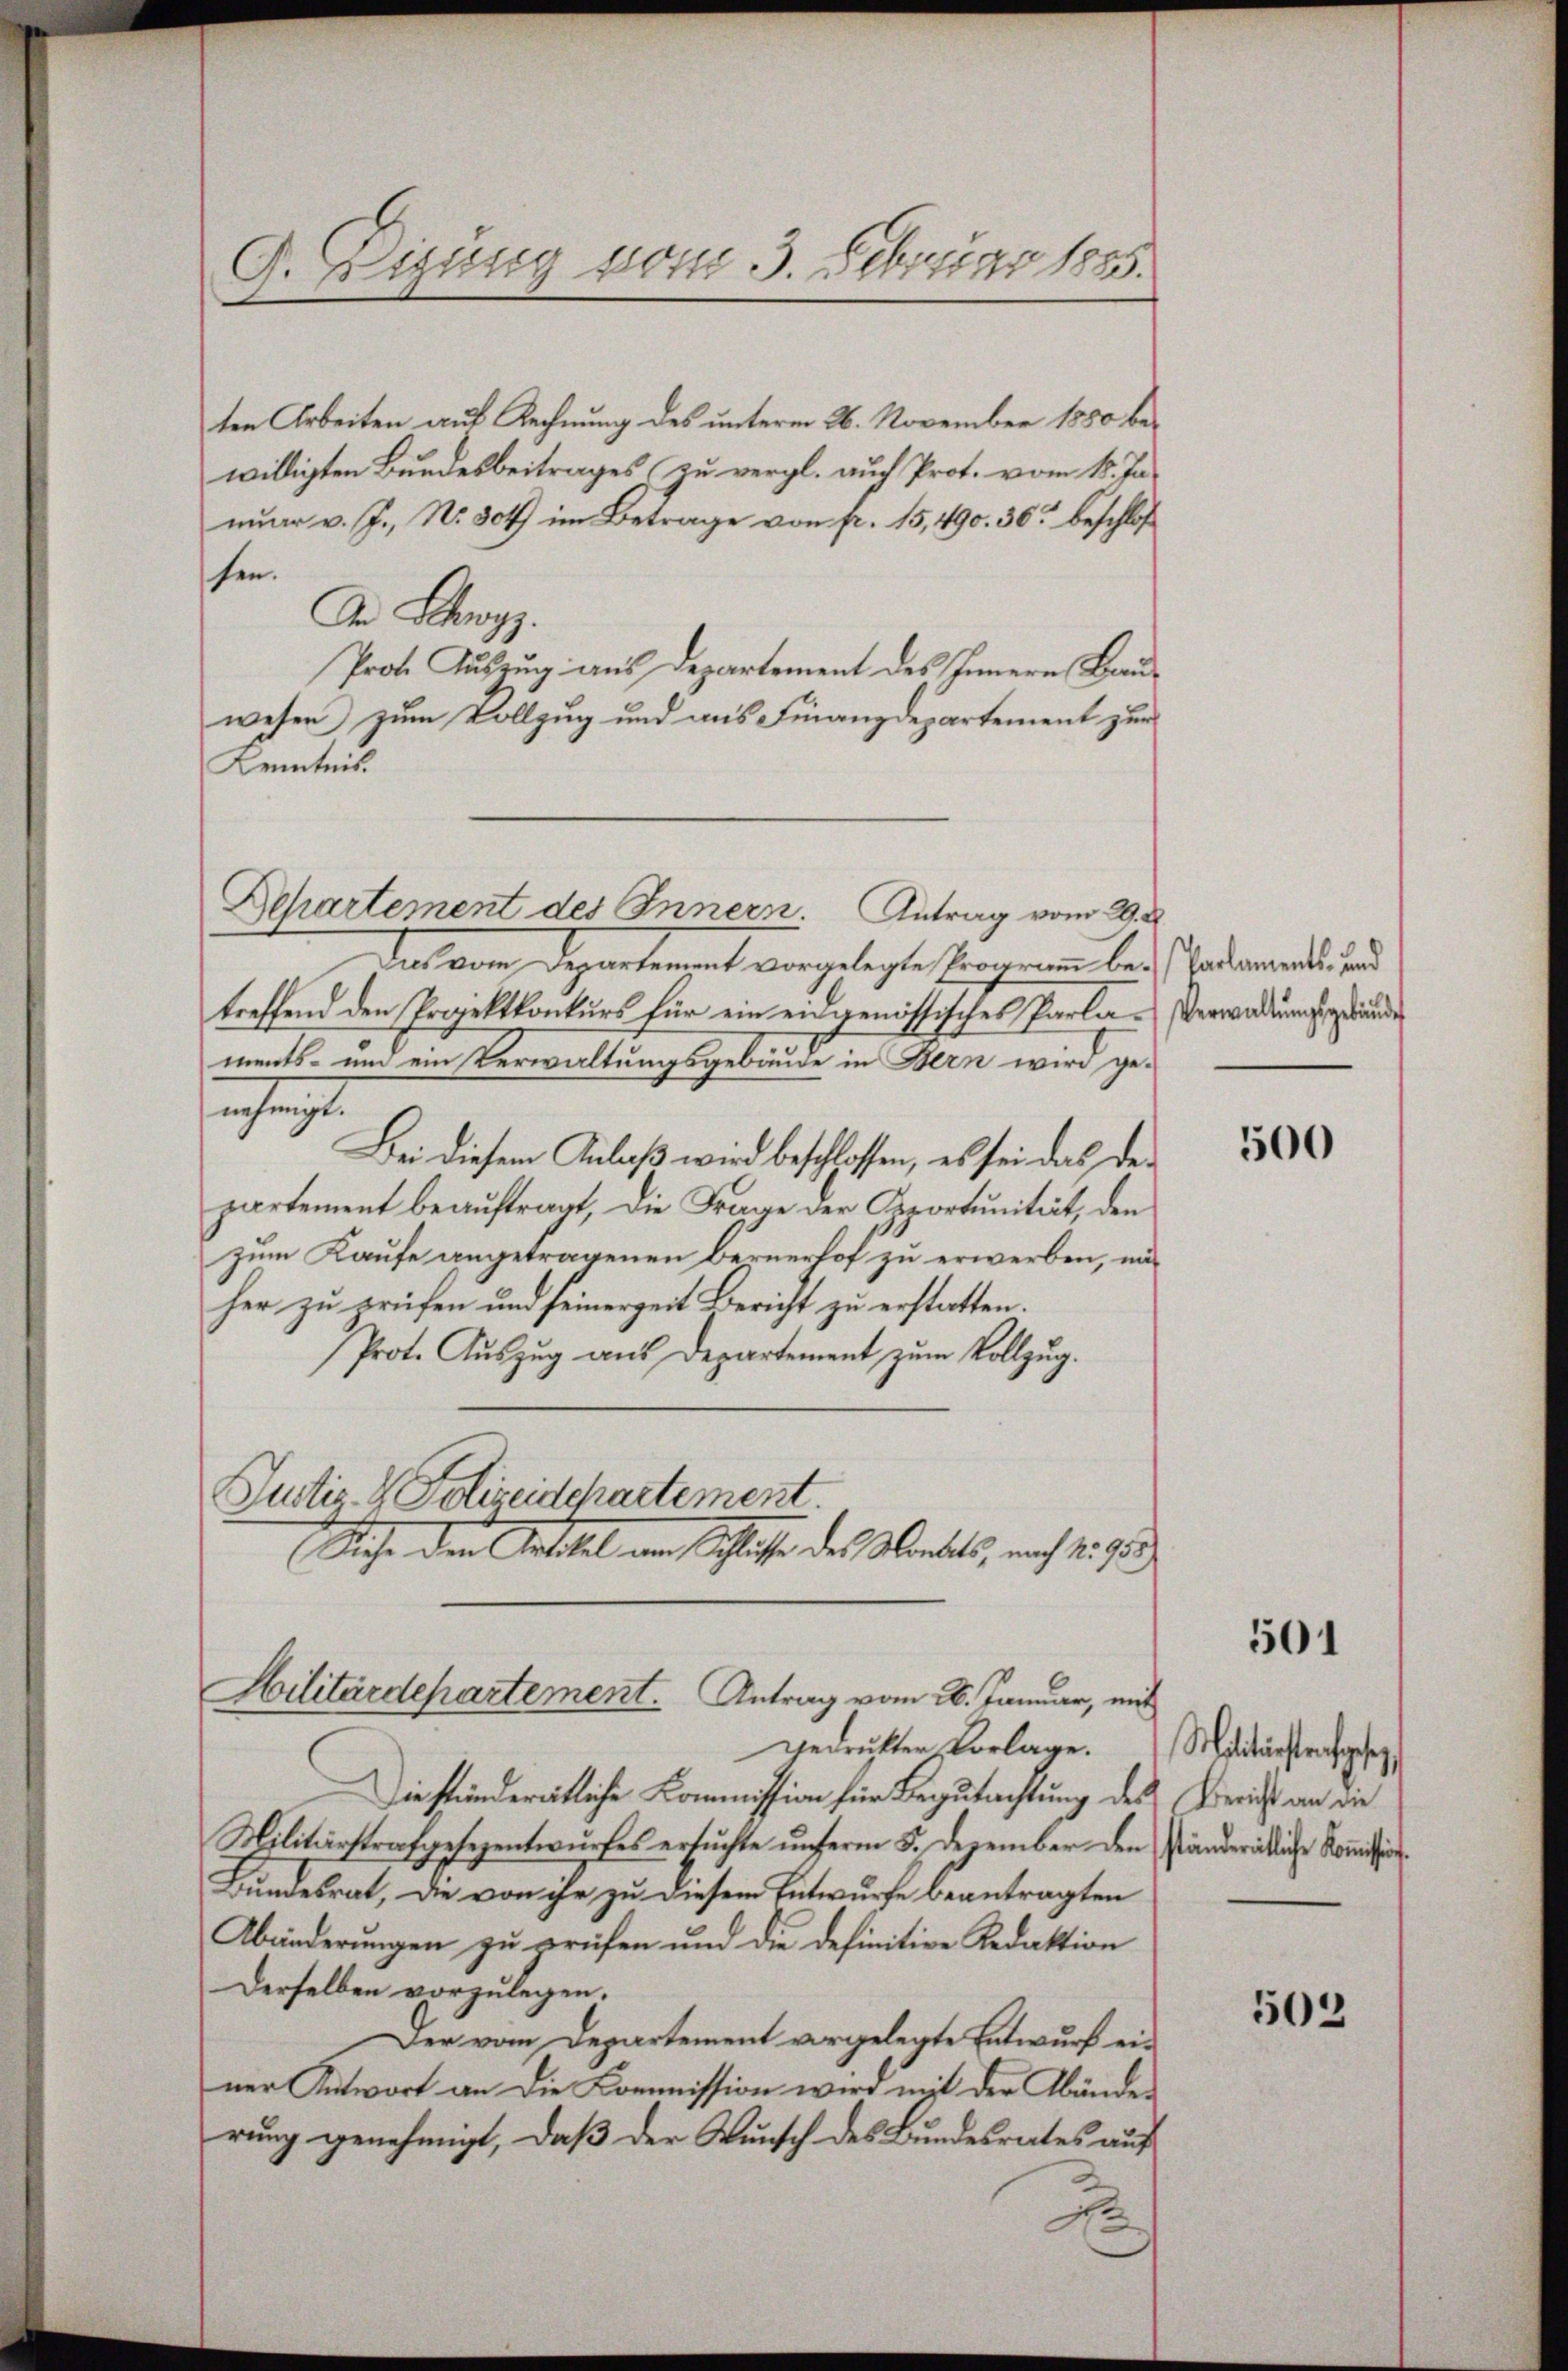
ten Arbeiten auf Rechnung des unterm 26. November 1850 bewilligten Bundesbeitrages zu vergl. auch Prot. vom 15. Januar v. J., Nr. 304 im Betrage von pr. 15,490. 36 beschloß
sen.
Der Schwyz.
Prot. Auszug aus Departement des Innern Bauwesen zum Vollzug und aus Finanzdepartement zur
Kenntnis
sie vom Departement vorgelegte Programm bei andaments, und
treffend den Projektkonkurs für ein eingenössisches Parla-Verwadungsgrunden
ments- und ein Verwaltungsgebäude in Bern wird genagt
Bei diesem Anlaß wird beschlossen, es sei das Departement beauftragt, die Frage der Sportunität, den
zum Kaufe angetragenen Bernerhof zu erwerben, mit
her zu prüfen und seinerzeit Bericht zu erstatten.
Prot. Auszug aus Departement zum Vollzug.
Justiz- & Polizeidchartement.
Siche der Gasthal um Schlafe des Mandels, nach 1. Ju

G. Eigung vom 3. Februar 1885.

Departement des Innern. Antrag vom 29. X.

Hilitärdepartement. Antrag vom 26. Januar, mit
gedruckter Vorlage.

Die ständerätliche Kommission für Begutachtung des Bericht an die
Militärstrafgesezentwŭrfes ersŭchte ŭnterm 5. Dezember den Ständerätliche Kommißion
Bundesrat, die von ihr zu diesem Entwurfe beantragten
Abänderungen zu prüfen und die definitive Redaktion
Derselben vorzulegen.
Der vom Departement vorgelegte Entwurf einer Antwort an die Kommission wird mit der Abänder
rung genehmigt, daß der Wunsch des Bundesrates auf
g

500

501

Malitärstrafgesez

502